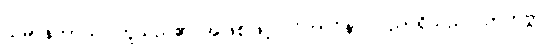
သမာနတာယ၊ တူသည်၏ အဖြစ်ဖြင့်။ ဝိဘာဝိနာ၊ ပညာရှိသည်။ ဉာတဗ္ဗာ၊